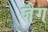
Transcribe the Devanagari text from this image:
जैग